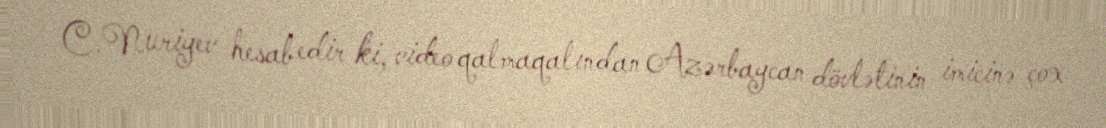
C.Nuriyev hesab edir ki, video qalmaqalından Azərbaycan dövlətinin imicinə çox